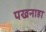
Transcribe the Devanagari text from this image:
पखनाहा